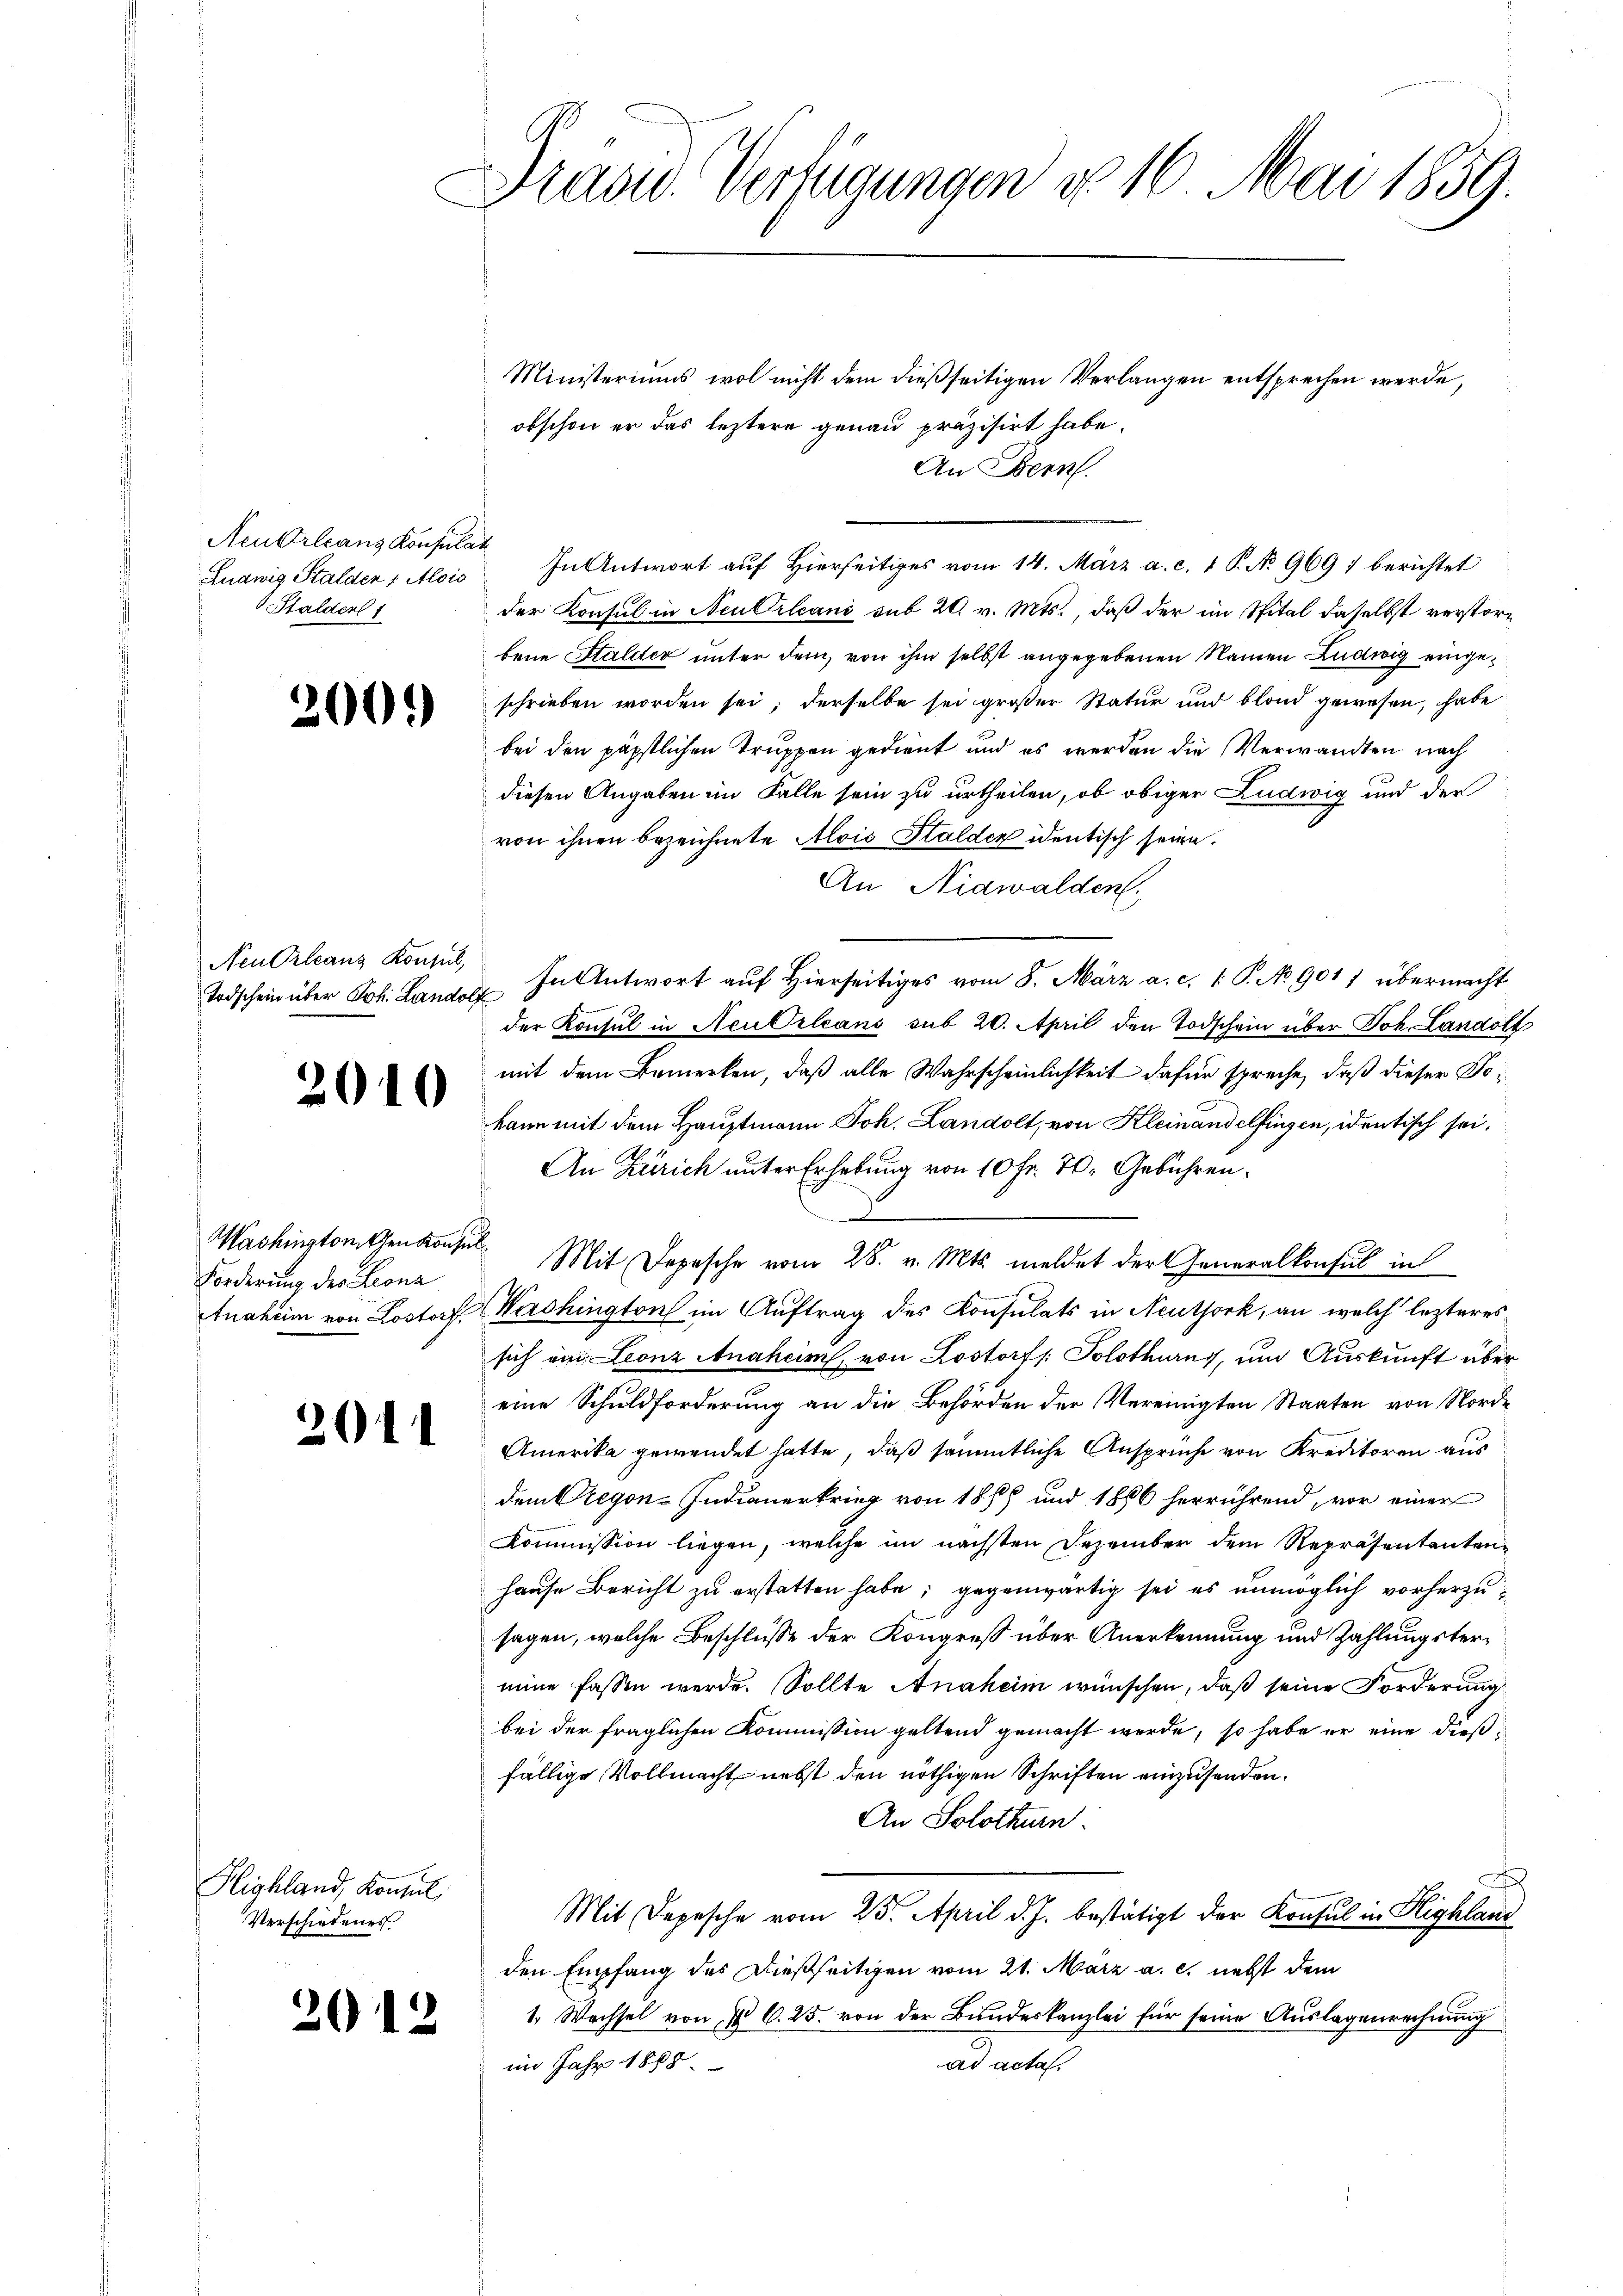
Neu Orleans Konsulat
Ludwig Stalden 1 Alois
Stalden 1

2

)

Neutrleans Konsul,

2010

Forderung des Leona
Anaheim von Lostorf.

2011

Highland, Konzel
Verschiedenes

2012

Frase Verfügungen d. 16. Mai 1859.

Ministeriums wol nicht dem dießseitigen Verlangen entsprechen werde,
obschon er das leztere genau präzisirt habe.
An Bern.
der Konsul in Neu Orleani sub 20. v. Mts., daß der im Spital daselbst verstorbene Stalder unter dem, von ihm selbst angegebenen Namen Ludwig eingeschrieben worden sei; derselbe sei großer Statur und blond gewesen, habe
bei den päpstlichen Truppen gedient und es werden die Verwandten nach
diesen Angaben im Falle sein zu urtheilen, ob obiger Ludwig und der
von ihnen bezeichnete Alois Stalden identisch seien.
An Nidwalden.
Todschein über Joh. Land In Antwort aŭf hierseitiges vom 8. März a. c. 1. P. No 9011 übermacht
der Konsul in Neu Orleans sub 20. April den Todschein über Joh. Landolt
mit dem Bemerken, daß alle Wahrscheinlichkeit dafür spreche, daß dieser Tokann mit dem Hauptmann Joh. Landolt, von Kleinandelfingen, identisch sei.
An Zürich unter Erhebung von 10 Fr. 70. Gebühren.
Washingtontenkonsul Mit Depesche vom 28. v. Mts. meldet der Generalkonsul in
Wershington im Auftrag des Konsulats in Neuthork, an welch lezteres
sich am Leonz Anaheim, von Lostorf /: Solothurn, um Auskunft über
eine Schuldforderung an die Behörden der Vereinigten Staaten von Norde
Amerika gewendet hatte, daß sämmtliche Ansprüche von Kreditoren aus
dem Begon-Indianerkrieg von 1889 und 1886 herrührend, vor einer
Kommission liegen, welche im nächsten Dezember dem Repräsentanten-
hause Bericht zu erstatten habe; gegenwärtig sei es unmöglich vorherzusagen, welche Beschlüsse der Kongreß über Anerkennung und Zahlungstermeine fassen werde. Sollte Anaheim wünschen, daß seine Forderung
bei der fraglichen Kommission geltend gemacht werde, so habe er eine dießfällige Vollmacht nebst den nöthigen Schriften einzusenden.
An Solothurn.
Mit Depesche vom 25. April d. J. bestätigt der Konsul in Highland
den Empfang des Dießseitigen vom 21. März a. c. nebst dem
1. Wechsel von § 6. 25. von der Bundeskanzlei für seine Auslagenrechnung
ad actes
im Jahr 1888.

In Antwort auf Hierseitiges vom 14. März a. c. 1 P. No. 969 : berichtet